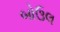
બોઉલ